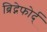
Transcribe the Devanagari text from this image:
ब्रिद्गेफोर्द्